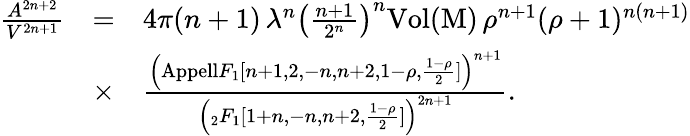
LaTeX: \begin{array}{rcl}{{\frac{A^{2n+2}}{V^{2n+1}}}}&{{=}}&{{4\pi(n+1)\, \lambda^{n}\left(\frac{n+1}{2^{n}}\right)^{n}\mathrm{Vol(M)}\, \rho^{n+1}(\rho+1)^{n(n+1)}}}\\ {{}}&{{\times}}&{{\frac{\left(\mathrm{{Appell}}F_{1}[n+1,2,-n,n+2,1-\rho,\frac{1-\rho}{2}]\right)^{n+1}}{\left(_2F_{1}[1+n,-n,n+2,\frac{1-\rho}{2}]\right)^{2n+1}}.}}\end{array}